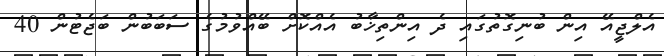
އެލްޖީއޭ އިން ބުނިގޮތުގައި ދެ އިންތިޚާބު އެއްކޮށް ބޭއްވުމުގެ ސަބަބުން ބަޖެޓުން 40